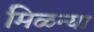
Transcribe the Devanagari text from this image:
मिळन्या